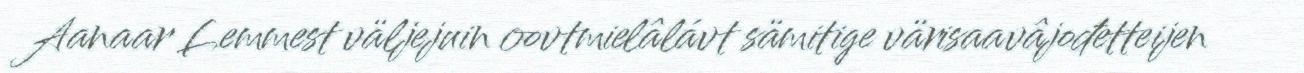
Aanaar Lemmest väljejuin oovtmielâlávt sämitige värisaavâjođetteijen